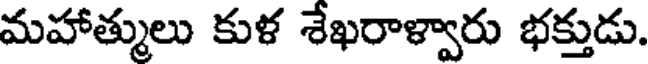
మహాత్ములు కుళ శేఖరాళ్వారు భక్తుడు.